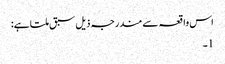
اس واقعہ سے مندرجہ ذیل سبق ملتا ہے:
1۔